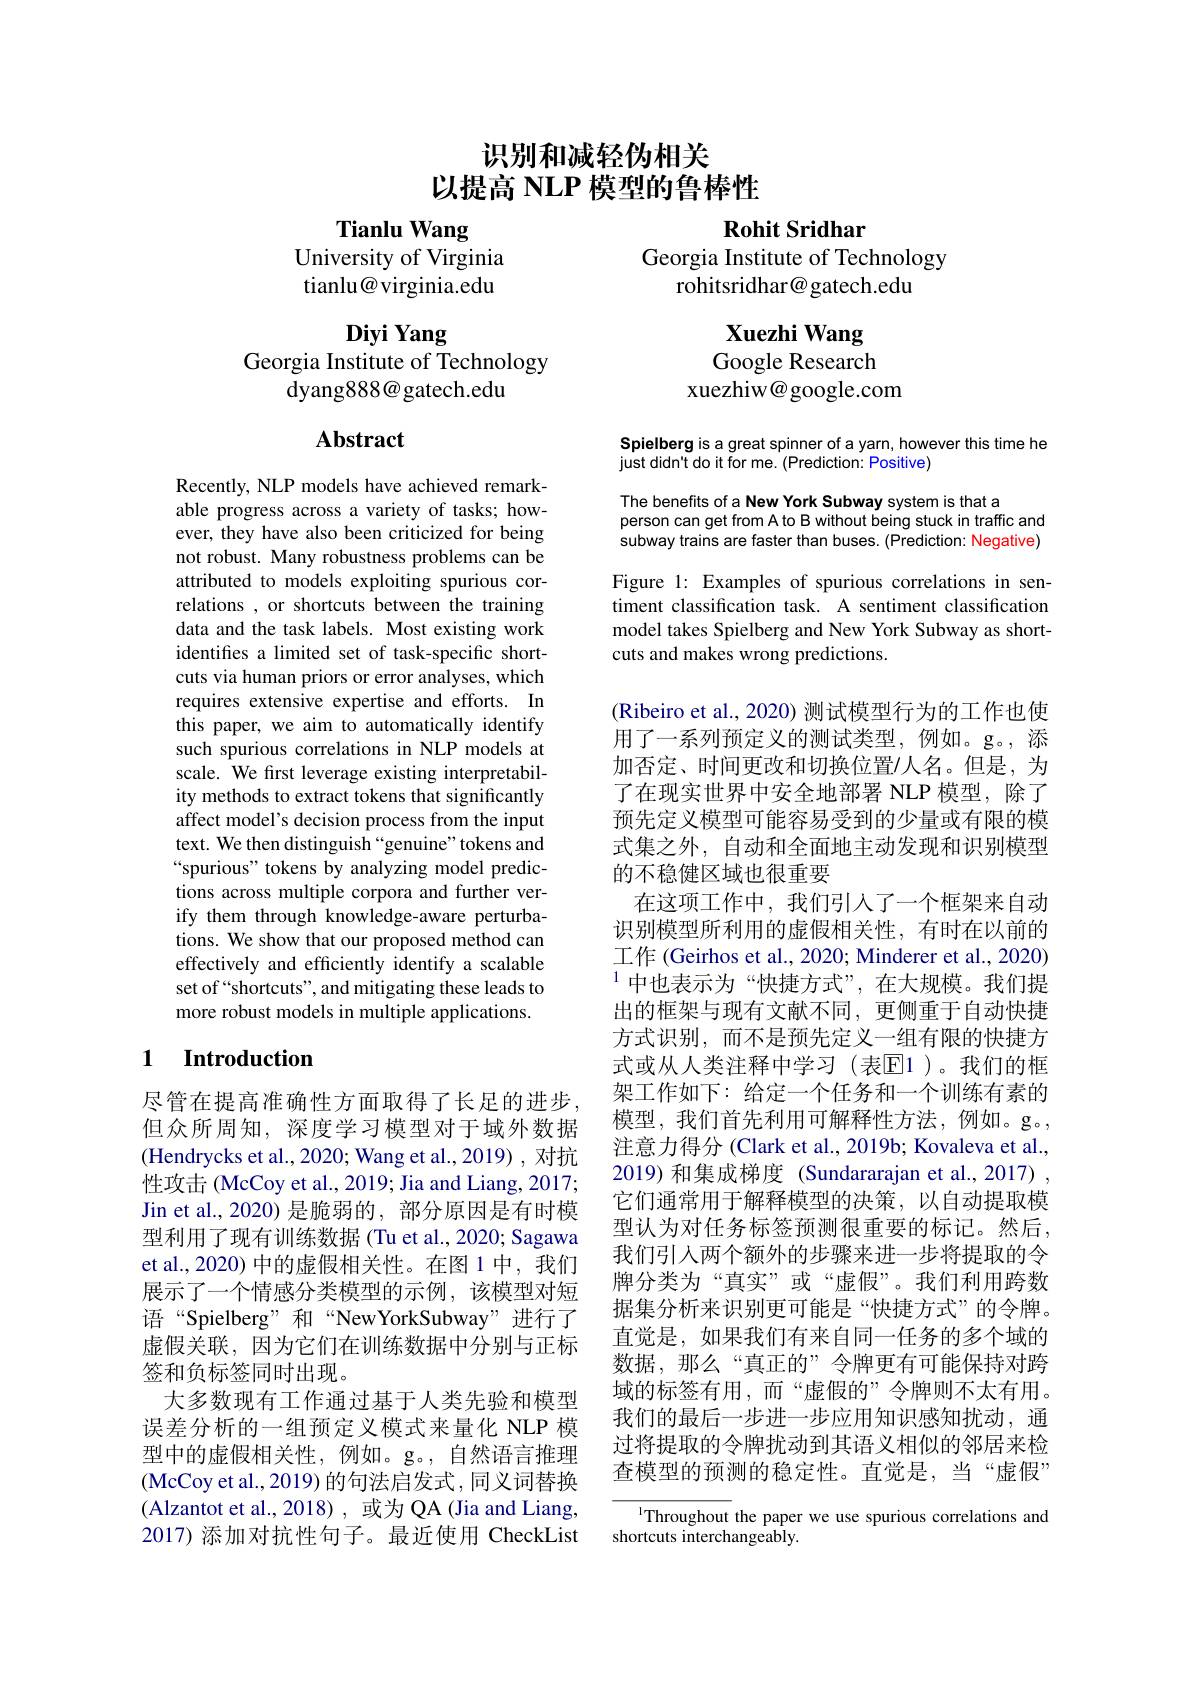
# 识别和减轻伪相关
以提高 NLP 模型的鲁棒性

Tianlu Wang
University of Virginia tianlu@ virginia.edu

Diyi Yang
Georgia Institute of Technology
dyang888@gatech.edu

## Abstract

Recently, NLP models have achieved remarkable progress across a variety of tasks; however, they have also been criticized for being not robust. Many robustness problems can be attributed to models exploiting spurious correlations , or shortcuts between the training data and the task labels. Most existing work identifies a limited set of task-specific shortcuts via human priors or error analyses, which requires extensive expertise and efforts. In this paper, we aim to automatically identify such spurious correlations in NLP models at scale. We first leverage existing interpretability methods to extract tokens that significantly affect model's decision process from the input text. We then distinguish “genuine”tokens and “spurious" tokens by analyzing model predictions across multiple corpora and further verify them through knowledge-aware perturbations. We show that our proposed method can effectively and efficiently identify a scalable set of“shortcuts”, and mitigating these leads to more robust models in multiple applications.

## 1 $\textbf{Introduction}$

尽管在提高准确性方面取得了长足的进步， 但众所周知，深度学习模型对于域外数据(Hendrycks et al., 2020; Wang et al., 2019), 对抗性攻击 (McCoy et al., 2019; Jia and Liang, 2017; Jin et al.,2020) 是脆弱的，部分原因是有时模型利用了现有训练数据(Tu et al., 2020; Sagawa et al., 2020) 中的虚假相关性。在图 1 中，我们展示了一个情感分类模型的示例，该模型对短语“Spielberg”和“NewYorkSubway”进行了虚假关联，因为它们在训练数据中分别与正标签和负标签同时出现。
大多数现有工作通过基于人类先验和模型误差分析的一组预定义模式来量化 NLP 模型中的虚假相关性，例如。g。,自然语言推理(McCoy et al.,2019) 的句法启发式，同义词替换(Alzantot et al.,2018), 或为 QA (Jia and Liang, 2017) 添加对抗性句子。最近使用 CheckList

## Rohit Sridhar
Georgia Institute of Technology
## rohitsridhar@gatech.edu

Xuezhi Wang Google Research
xuezhiw@google.com

Spielberg is a great spinner of a yarn, however this time he
just didn't do it for me. (Prediction: Positive)

The benefits of a New York Subway system is that a
person can get from A to B without being stuck in traffic and subway trains are faster than buses. (Prediction: Negative)

Figure 1: Examples of spurious correlations in sentiment classification task. A sentiment classification model takes Spielberg and New York Subway as shortcuts and makes wrong predictions.

(Ribeiro et al., 2020) 测试模型行为的工作也使用了一系列预定义的测试类型，例如。g。,添加否定、时间更改和切换位置/人名。但是，为了在现实世界中安全地部署 NLP 模型，除了预先定义模型可能容易受到的少量或有限的模式集之外，自动和全面地主动发现和识别模型的不稳健区域也很重要
在这项工作中，我们引入了一个框架来自动识别模型所利用的虚假相关性，有时在以前的工作 (Geirhos et al., 2020; Minderer et al., 2020) $^{1}$中也表示为“快捷方式”,在大规模。我们提出的框架与现有文献不同，更侧重于自动快捷方式识别，而不是预先定义一组有限的快捷方式或从人类注释中学习(表$\mathbb{E}$1)。我们的框架工作如下：给定一个任务和一个训练有素的模型，我们首先利用可解释性方法，例如。g。注意力得分 (Clark et al., 2019b; Kovaleva et al., 2019) 和集成梯度 (Sundararajan et al.,2017) , 它们通常用于解释模型的决策，以自动提取模型认为对任务标签预测很重要的标记。然后， 我们引人两个额外的步骤来进一步将提取的令牌分类为“真实”或“虚假”。我们利用跨数据集分析来识别更可能是“快捷方式”的令牌。直觉是，如果我们有来自同一任务的多个域的数据，那么“真正的”令牌更有可能保持对跨域的标签有用，而“虚假的”令牌则不太有用。我们的最后一步进一步应用知识感知扰动，通过将提取的令牌扰动到其语义相似的邻居来检查模型的预测的稳定性。直觉是，当“虚假”
$^{1}$Throughout the paper we use spurious correlations and

shortcuts interchangeably.